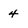
Character: 4